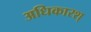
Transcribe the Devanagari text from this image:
अधिकारश्